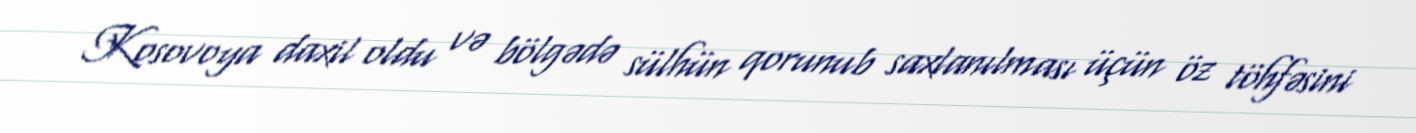
Kosovoya daxil oldu və bölgədə sülhün qorunub saxlanılması üçün öz töhfəsini